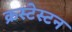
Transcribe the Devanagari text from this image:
क्रस्टेस्टन